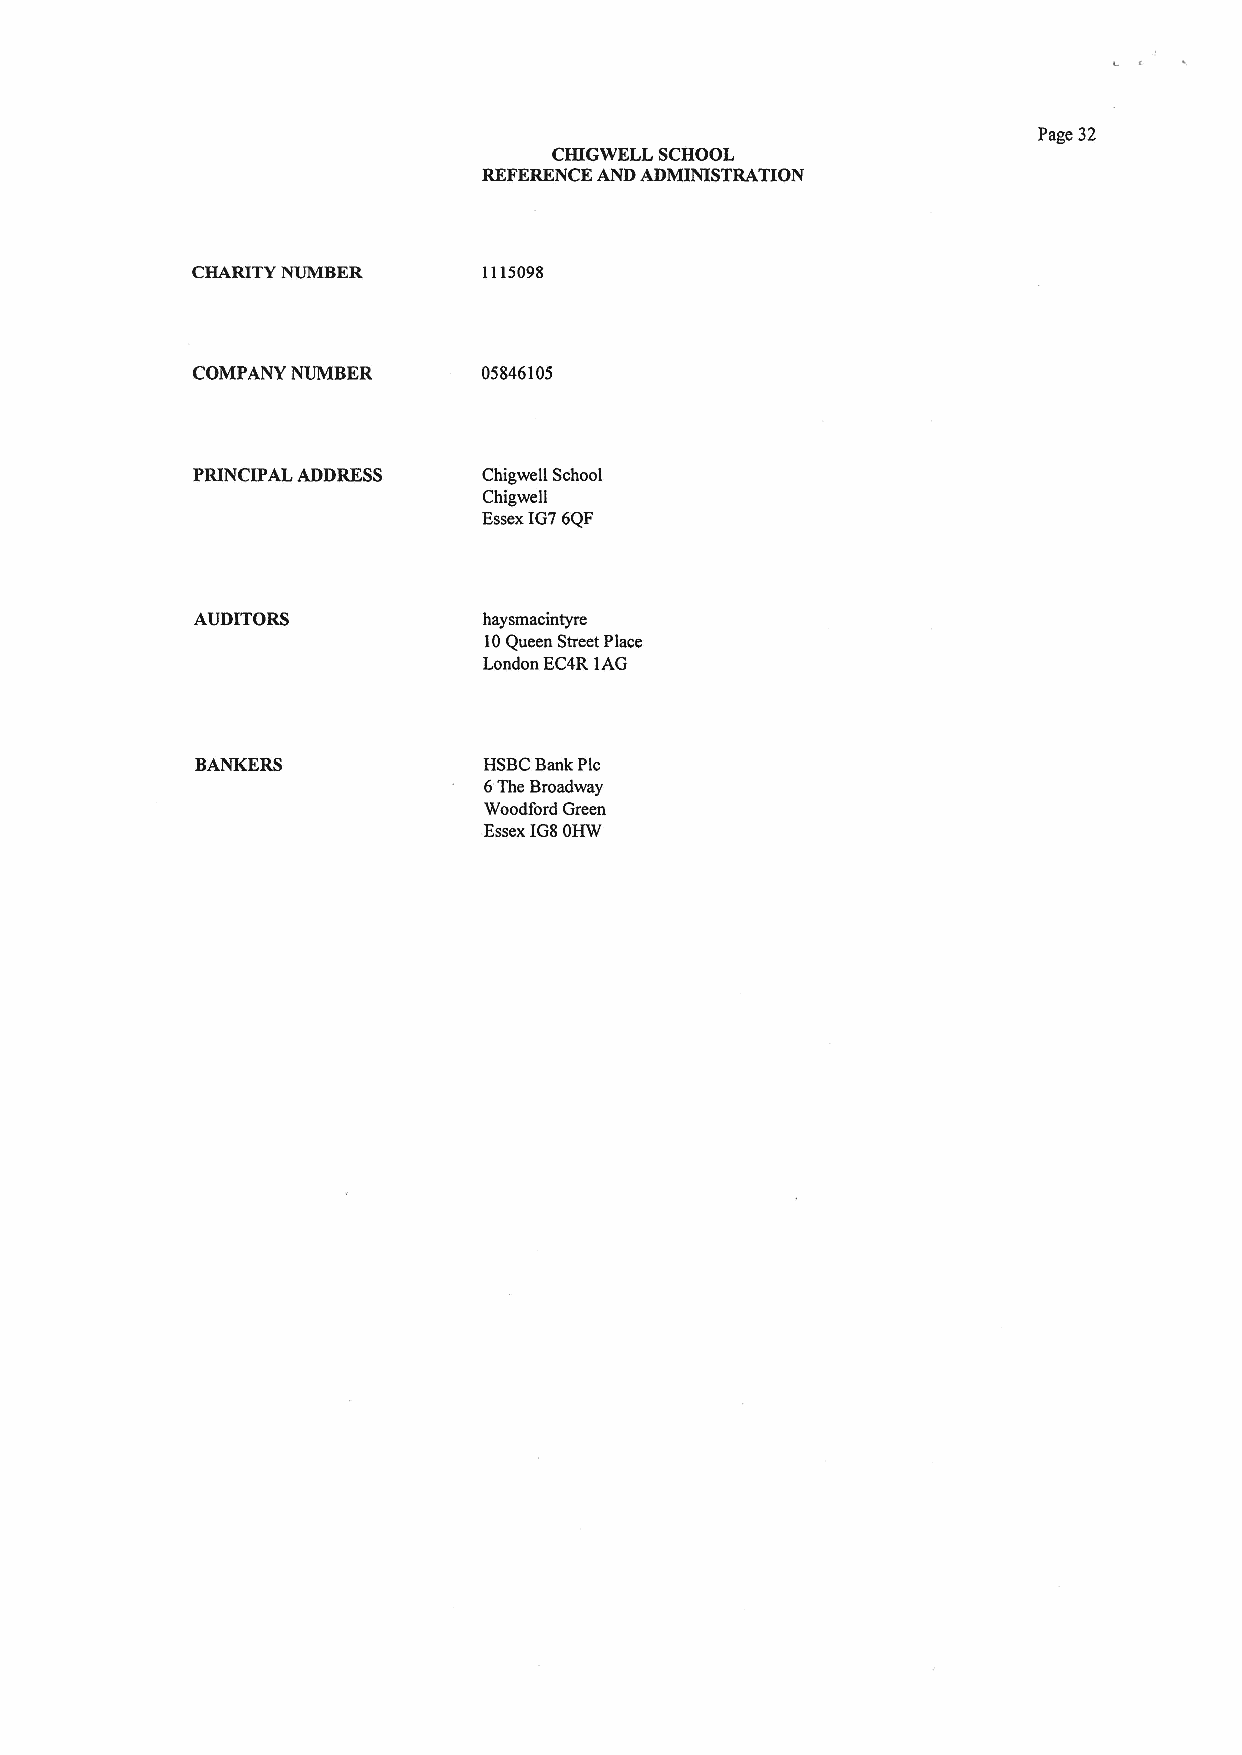
Page 32
 CHIGWELL SCHOOL
 REFERENCE AND ADMINISTRATION
 CHAtuTY NUMBER     1115098
 COMPANY NUMBER     05846105
 PRINCIPAL ADDRESS  Chigwell School
 Chigwell
 EssexIG76QF
 AUDITORS           haysmacintyre
 10Queen Street Place
 London EC4R 1AG
 BANKERS            HSBCBank Plc
 6The Broadway
 Woodford Green
 Essex IG8OHW